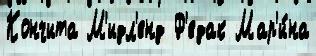
Кончита М'идл'енд Ф'едак Мар'и́на